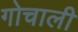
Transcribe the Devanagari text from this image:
गोचाली